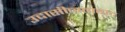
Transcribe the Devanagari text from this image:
उदासीनतावाद